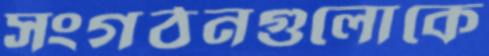
সংগঠনগুলোকে